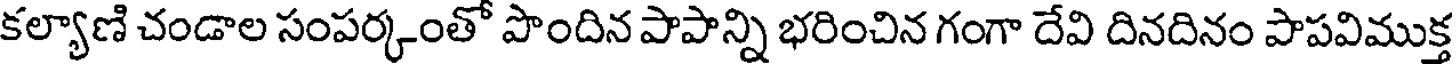
కల్యాణి చండాల సంపర్కంతో పొందిన పాపాన్ని భరించిన గంగా దేవి దినదినం పాపవిముక్త